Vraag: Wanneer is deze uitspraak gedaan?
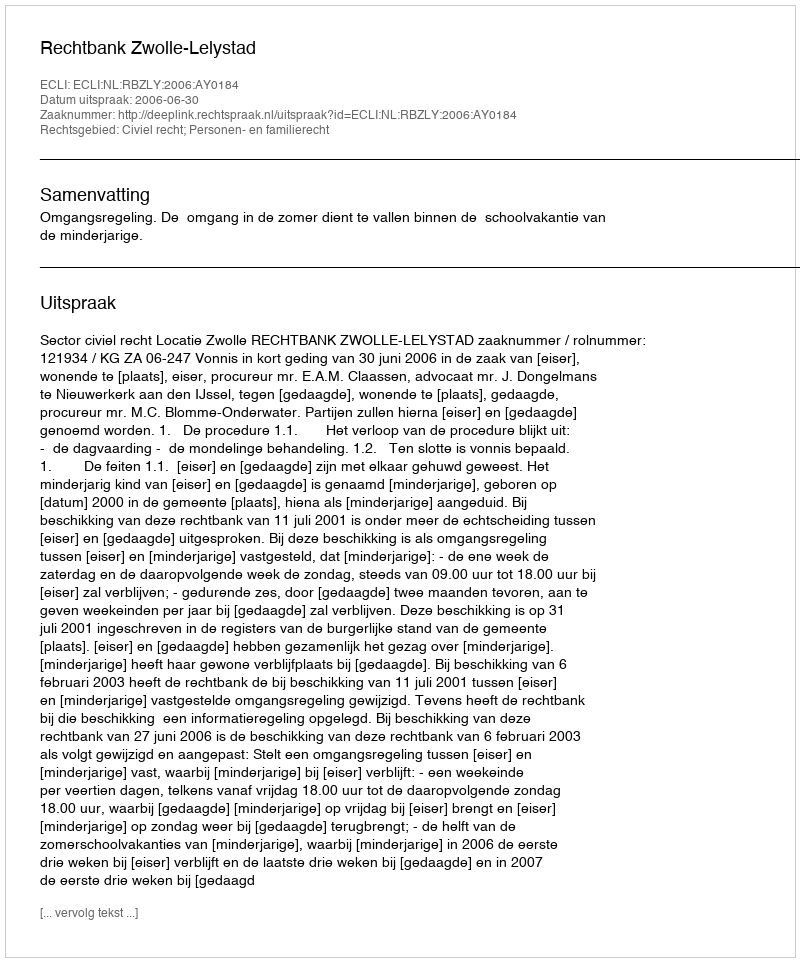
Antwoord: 2006-06-30